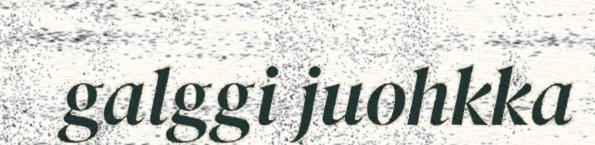
galggi juohkka